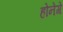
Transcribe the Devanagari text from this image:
होनेगे